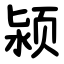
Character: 颍